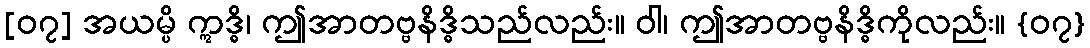
[၀၇] အယမ္ပိ ဣဒ္ဓိ၊ ဤအာတဗ္ဗနိဒ္ဓိသည်လည်း။ ဝါ၊ ဤအာတဗ္ဗနိဒ္ဓိကိုလည်း။ {၀၇}